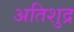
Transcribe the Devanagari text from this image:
अतिशुद्र